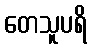
တေသူပရိ